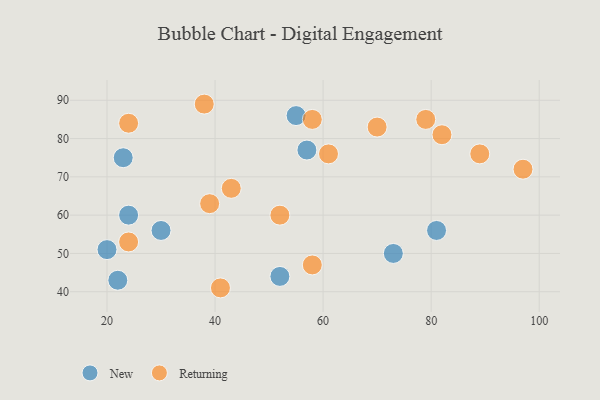
{"axis": {"x": "GDP", "y": "Life Expectancy"}, "legend": ["New", "Returning"], "data": [{"x": "30", "y": 56, "type": "New"}, {"x": "81", "y": 56, "type": "New"}, {"x": "73", "y": 50, "type": "New"}, {"x": "55", "y": 86, "type": "New"}, {"x": "24", "y": 60, "type": "New"}, {"x": "57", "y": 77, "type": "New"}, {"x": "23", "y": 75, "type": "New"}, {"x": "52", "y": 44, "type": "New"}, {"x": "22", "y": 43, "type": "New"}, {"x": "20", "y": 51, "type": "New"}, {"x": "79", "y": 85, "type": "Returning"}, {"x": "38", "y": 89, "type": "Returning"}, {"x": "61", "y": 76, "type": "Returning"}, {"x": "58", "y": 85, "type": "Returning"}, {"x": "82", "y": 81, "type": "Returning"}, {"x": "70", "y": 83, "type": "Returning"}, {"x": "52", "y": 60, "type": "Returning"}, {"x": "58", "y": 47, "type": "Returning"}, {"x": "39", "y": 63, "type": "Returning"}, {"x": "24", "y": 84, "type": "Returning"}, {"x": "43", "y": 67, "type": "Returning"}, {"x": "97", "y": 72, "type": "Returning"}, {"x": "41", "y": 41, "type": "Returning"}, {"x": "24", "y": 53, "type": "Returning"}, {"x": "89", "y": 76, "type": "Returning"}]}